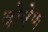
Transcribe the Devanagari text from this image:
दोषेण